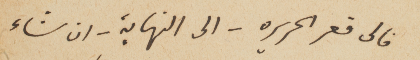
فالى قعر الحريره – الى النهاية – ان شاء